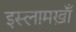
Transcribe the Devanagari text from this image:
इस्लामख़ाँ